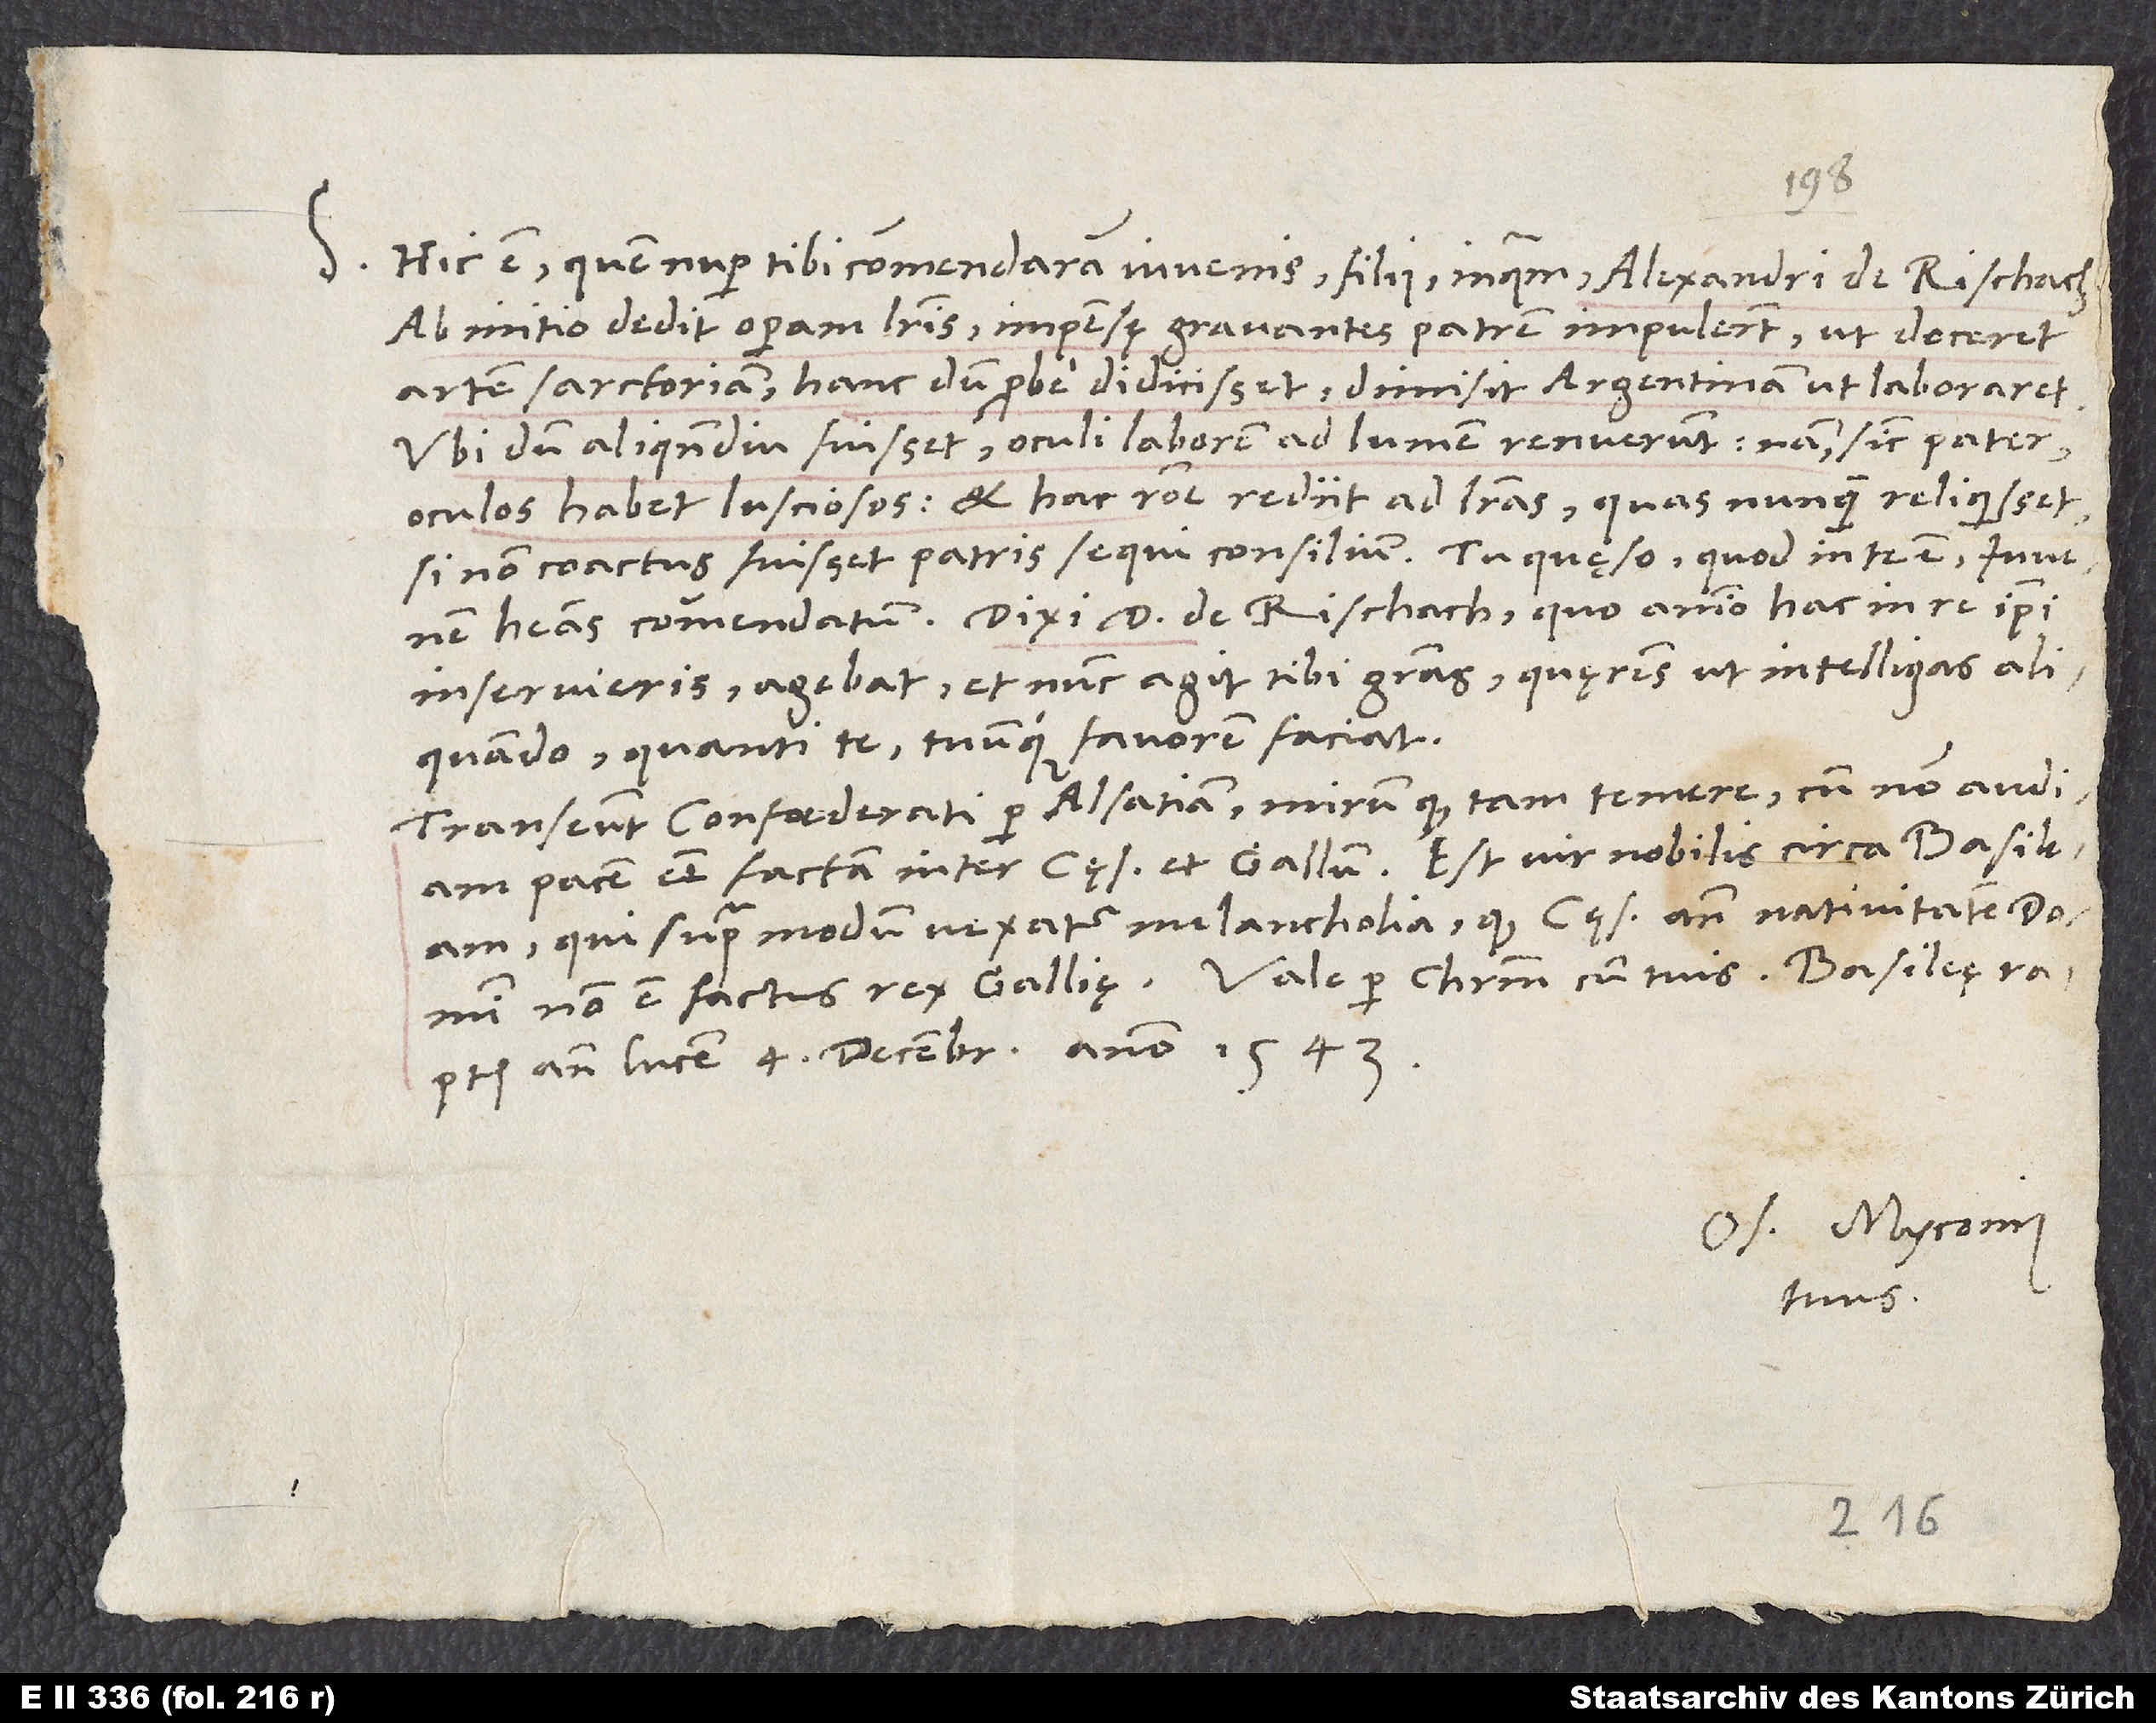
S.

Hic est, quem nuper tibi commendaram, iuvenis, filius inquam Alexandri de Rischach.
Ab initio dedit operam literis; impensę gravantes patrem impulerunt, ut doceret
artem sarctoriam. Hanc dum probe didicisset, dimisit Argentinam, ut laboraret.
Ubi dum aliquandiu fuisset, oculi laborem ad lumen renuerunt; nam sicut pater
oculos habet lusciosos et hac ratione rediit ad literas, quas nunquam reliquisset,
si non coactus fuisset patris sequi consilium. Tu, quęso, quod in te est, iuvenem
habeas commendatum. Dixi d. de Rischach, quo animo hac in re ipsi
inservieris; agebat et nunc agit tibi gratias quęrens, ut intelligas aliquando,
quanti te tuumque favorem faciat.
Transeunt Confoederati per Alsatiam, mirum quod tam temere, cum non audiam
pacem esse factam inter cęsarem et Gallum. Est vir nobilis circa Basileam,
qui supra modum vexatur melancholia, quod cęsar ante nativitatem domini
ante lucem, 4. decembris anno 1543.
Os. Myconius
tuus.